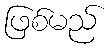
ဖြစ်မည်